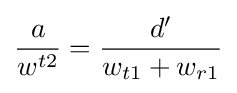
{\frac {a}{w^{t2}}}={\frac {d'}{w_{t1}+w_{r1}}}